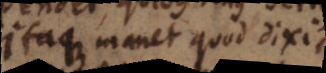
Itaque manet quod dixi